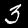
Digit: 3